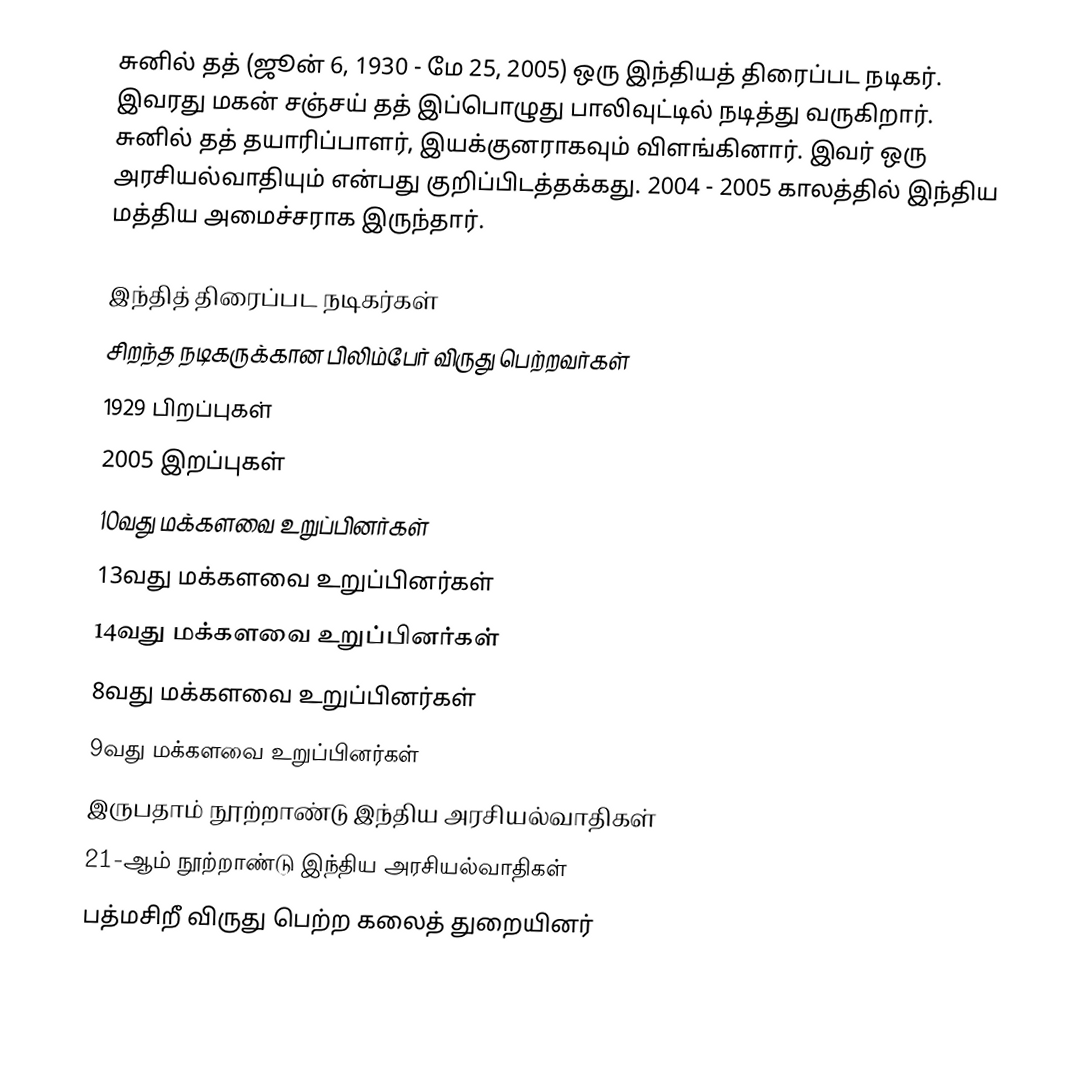
சுனில் தத் (ஜூன் 6, 1930 - மே 25, 2005) ஒரு இந்தியத் திரைப்பட நடிகர். இவரது மகன் சஞ்சய் தத் இப்பொழுது பாலிவுட்டில் நடித்து வருகிறார். சுனில் தத் தயாரிப்பாளர், இயக்குனராகவும் விளங்கினார். இவர் ஒரு அரசியல்வாதியும் என்பது குறிப்பிடத்தக்கது. 2004 - 2005 காலத்தில் இந்திய மத்திய அமைச்சராக இருந்தார்.

இந்தித் திரைப்பட நடிகர்கள்
சிறந்த நடிகருக்கான பிலிம்பேர் விருது பெற்றவர்கள்
1929 பிறப்புகள்
2005 இறப்புகள்
10வது மக்களவை உறுப்பினர்கள்
13வது மக்களவை உறுப்பினர்கள்
14வது மக்களவை உறுப்பினர்கள்
8வது மக்களவை உறுப்பினர்கள்
9வது மக்களவை உறுப்பினர்கள்
இருபதாம் நூற்றாண்டு இந்திய அரசியல்வாதிகள்
21-ஆம் நூற்றாண்டு இந்திய அரசியல்வாதிகள்
பத்மசிறீ விருது பெற்ற கலைத் துறையினர்